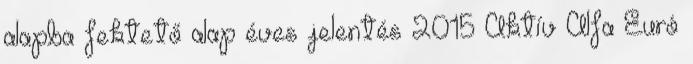
alapba fektető alap éves jelentés 2015 Aktív Alfa Euró